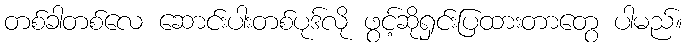
တစ်ခါတစ်လေ ဆောင်းပါးတစ်ပုဒ်လို ဖွင့်ဆိုရှင်းပြထားတာတွေ ပါမည်။